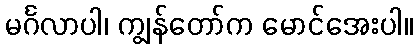
မင်္ဂလာပါ၊ ကျွန်တော်က မောင်အေးပါ။